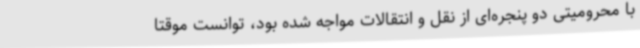
با محرومیتی دو پنجره‌ای از نقل و انتقالات مواجه شده بود، توانست موقتا